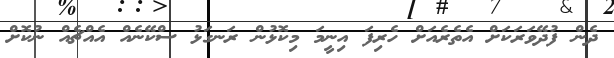
ދެން ފުދޭވަރަކަށް އެތެރެއަށް ހެރިފަ އިނީމަ މިކޮޅުން ރަނގަޅު ސްކޭނެއް އެއްޗެއް ނުކޮށް